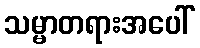
သမ္မာတရားအပေါ်